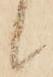
候